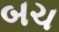
બચ